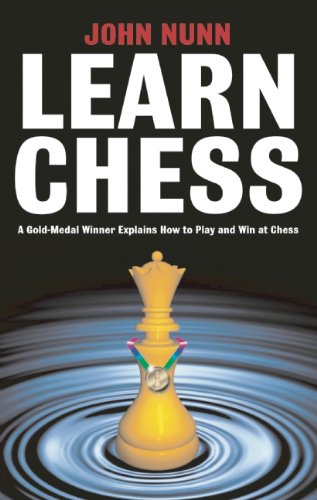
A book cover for Learn Chess; John Nunn; Humor & Entertainment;